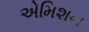
એમિશન